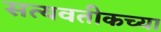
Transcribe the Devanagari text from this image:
सत्यवतीकच्या